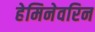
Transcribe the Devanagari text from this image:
हेमिनेवरिन